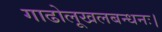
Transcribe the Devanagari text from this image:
गाढोलूखलबन्धनः।